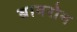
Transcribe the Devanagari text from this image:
बायरोन